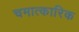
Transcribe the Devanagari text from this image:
चमात्कारिक